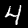
Label: 4